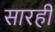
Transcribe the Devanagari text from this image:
सारही